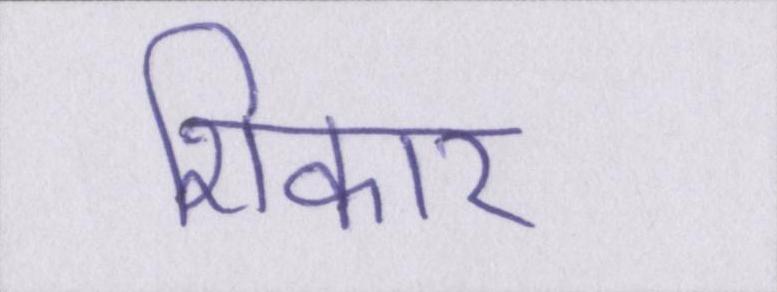
शिकार